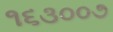
૧૬૩૦૦૭